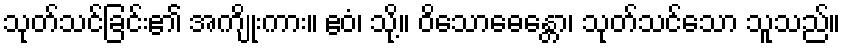
သုတ်သင်ခြင်း၏ အကျိုးကား။ ဧဝံ၊ သို့။ ဝိသောဓေန္တော၊ သုတ်သင်သော သူသည်။